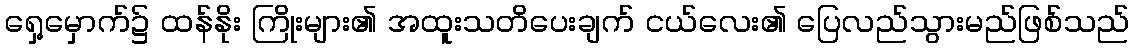
ရှေ့မှောက်၌ ထန်နိုး ကြိုးများ၏ အထူးသတိပေးချက် ငယ်လေး၏ ပြေလည်သွားမည်ဖြစ်သည်